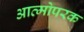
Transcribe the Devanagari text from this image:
आत्मोपरक